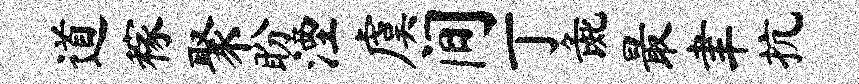
道稼聚盼湮虞间丁彘最聿抗